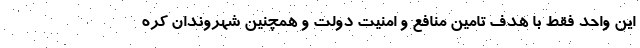
این واحد فقط با هدف تامین منافع و امنیت دولت و همچنین شهروندان کره